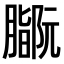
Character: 𫆻